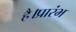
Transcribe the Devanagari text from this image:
है।प्रारंभ